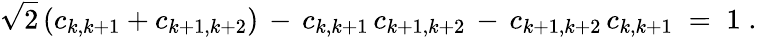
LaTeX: \sqrt{2}\, (c_{k,k+1}+c_{k+1,k+2})\, -\, c_{k,k+1}\, c_{k+1,k+2}\, -\, c_{k+1,k+2}\, c_{k,k+1}\; =\; 1\; .